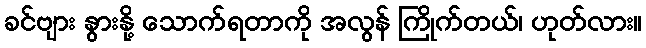
ခင်ဗျား နွားနို့ သောက်ရတာကို အလွန် ကြိုက်တယ်၊ ဟုတ်လား။